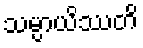
သမ္ပာယိဿတိ